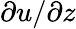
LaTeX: \partial u/\partial z